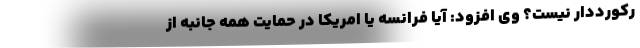
رکورددار نیست؟ وی افزود: آیا فرانسه یا امریکا در حمایت همه جانبه از